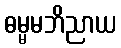
ဓမ္မမဘိညာယ